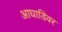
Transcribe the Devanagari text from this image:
आघाडिवर